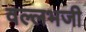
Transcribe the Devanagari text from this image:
वल्लभजी